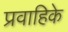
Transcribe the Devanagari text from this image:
प्रवाहिके